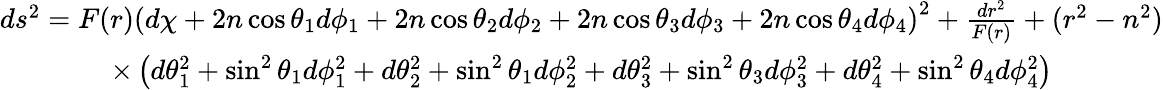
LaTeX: \begin{array}{c}{{ds^{2}=F(r)\left(d\chi+2n\cos\theta_{1}d\phi_{1}+2n\cos\theta_{2}d\phi_{2}+2n\cos\theta_{3}d\phi_{3}+2n\cos\theta_{4}d\phi_{4}\right)^{2}+\frac{dr^{2}}{F(r)}+(r^{2}-n^{2})}}\\ {{\times\left(d\theta_{1}^{2}+\sin^{2}\theta_{1}d\phi_{1}^{2}+d\theta_{2}^{2}+\sin^{2}\theta_{1}d\phi_{2}^{2}+d\theta_{3}^{2}+\sin^{2}\theta_{3}d\phi_{3}^{2}+d\theta_{4}^{2}+\sin^{2}\theta_{4}d\phi_{4}^{2}\right)}}\end{array}